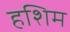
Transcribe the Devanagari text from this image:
हशिम